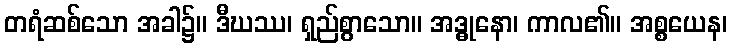
တရံဆစ်သော အခါ၌။ ဒီဃဿ၊ ရှည်စွာသော။ အဒ္ဓုနော၊ ကာလ၏။ အစ္စယေန၊